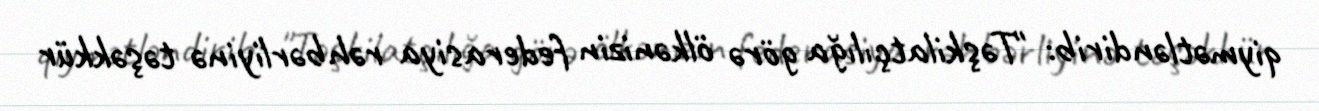
qiymətləndirib: "Təşkilatçılığa görə ölkənizin federasiya rəhbərliyinə təşəkkür